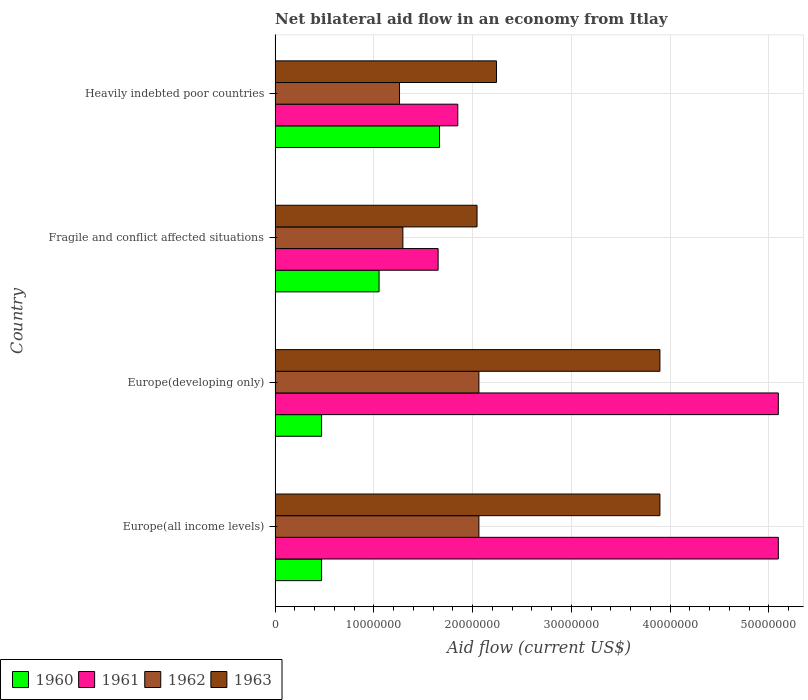
| Country | 1960 | 1961 | 1962 | 1963 |
 | --- | --- | --- | --- | --- |
 | Europe(all income levels) | 4.71e+06 | 5.1e+07 | 2.06e+07 | 3.9e+07 |
 | Europe(developing only) | 4.71e+06 | 5.1e+07 | 2.06e+07 | 3.9e+07 |
 | Fragile and conflict affected situations | 1.05e+07 | 1.65e+07 | 1.29e+07 | 2.04e+07 |
 | Heavily indebted poor countries | 1.66e+07 | 1.85e+07 | 1.26e+07 | 2.24e+07 |